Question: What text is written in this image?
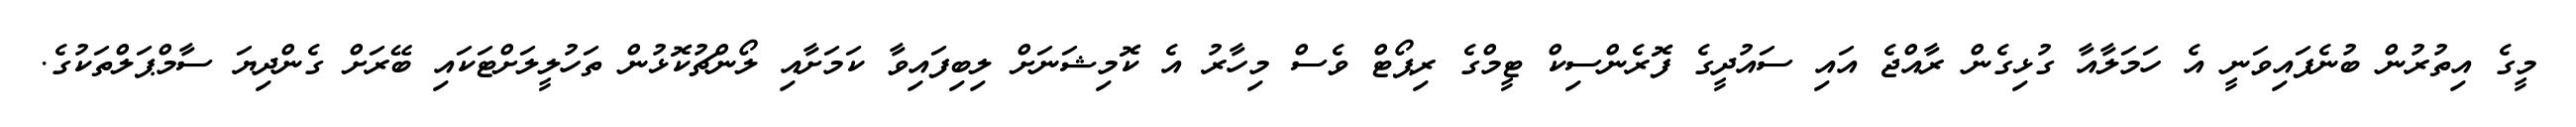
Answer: މީގެ އިތުރުން ބުނެފައިވަނީ އެ ހަމަލާއާ ގުޅިގެން ރާއްޖެ އައި ސައުދީގެ ފޮރެންސިކް ޓީމްގެ ރިޕޯޓް ވެސް މިހާރު އެ ކޮމިޝަނަށް ލިބިފައިވާ ކަމަށާއި ލޯންޗުކޮޅުން ތަހުލީލަށްޓަކައި ބޭރަށް ގެންދިޔަ ސާމްޕަލްތަކުގެ.